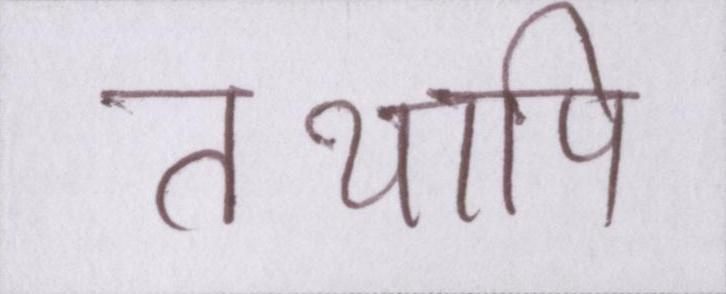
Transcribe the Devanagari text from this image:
तथापि